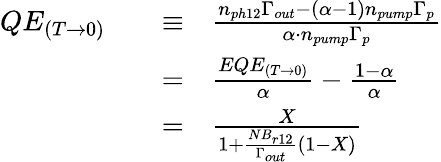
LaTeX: \begin{array}{rlrl}{QE_{(T\rightarrow 0)}}&{}&{\equiv}&{\frac{n_{ph12}\Gamma_{out}-(\alpha-1)n_{pump}\Gamma_{p}}{\alpha\cdot n_{pump}\Gamma_{p}}}\\ &{}&{=}&{\frac{EQE_{(T\rightarrow 0)}}{\alpha}-\frac{1-\alpha}{\alpha}}\\ &{}&{=}&{\frac{X}{1+\frac{NB_{r12}}{\Gamma_{out}}(1-X)}}\end{array}